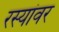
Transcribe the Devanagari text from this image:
रस्यांवर